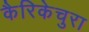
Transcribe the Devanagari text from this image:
कैरिकेचुरा